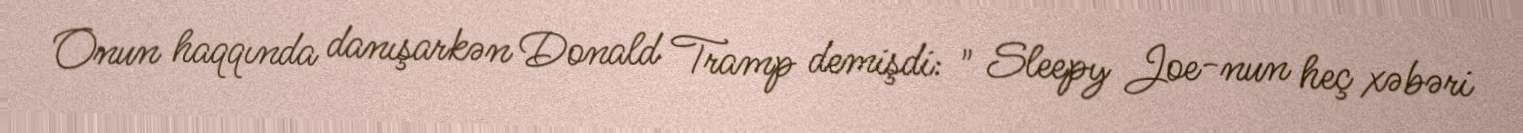
Onun haqqında danışarkən Donald Tramp demişdi: " Sleepy Joe-nun heç xəbəri